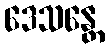
ဒေသန္တေ